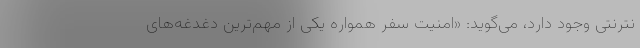
نترنتی وجود دارد، می‌گوید: «امنیت سفر همواره یکی از مهم‌ترین دغدغه‌های